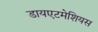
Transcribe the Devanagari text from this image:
डायएटमेशियस